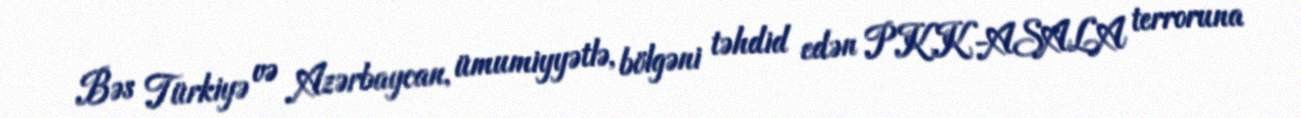
Bəs Türkiyə və Azərbaycan, ümumiyyətlə, bölgəni təhdid edən PKK-ASALA terroruna